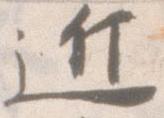
近